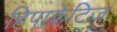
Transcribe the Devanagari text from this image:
हिपाक्रेटिज